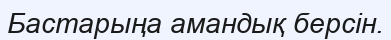
Бастарыңа амандық берсін.